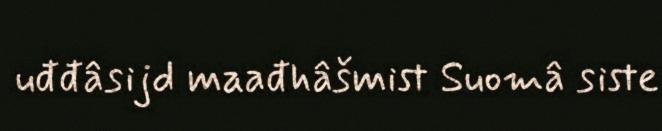
uđđâsijd maađhâšmist Suomâ siste